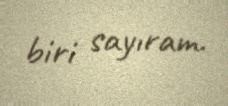
biri sayıram.